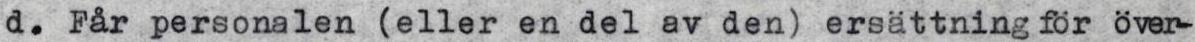
d. Får personalen (eller en del av den) ersättning för över-